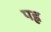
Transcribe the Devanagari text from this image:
पह्ल